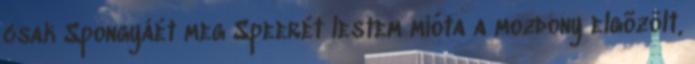
csak Spongyáét meg Speerét lestem mióta a mozdony elgõzölt,